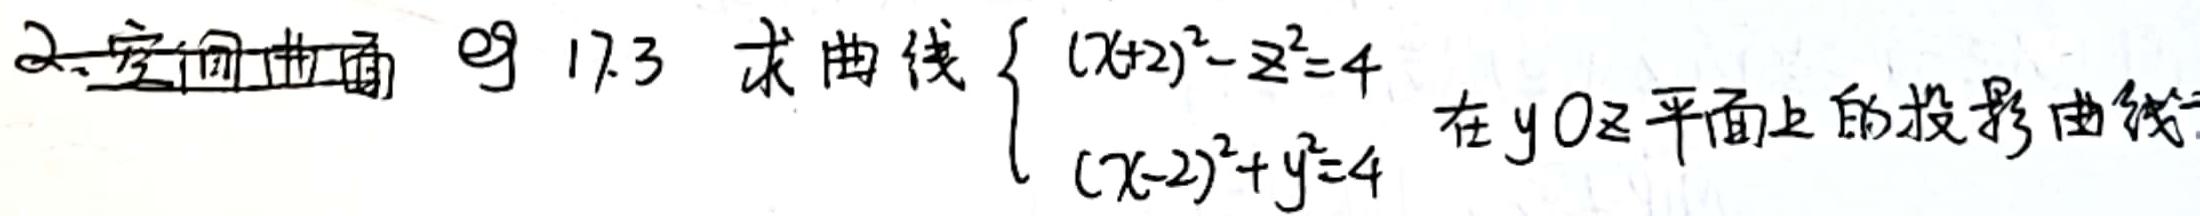
2. 空间曲面  17.3 求曲线$\begin{cases}(x + 2)^2 - z^2 = 4 \\ (x - 2)^2 + y^2 = 4\end{cases}$在$yOz$平面上的投影曲线。